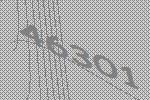
46301